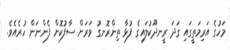
މަހުގެ އަރިމަތީގައި ގަދަ ރީނދޫކުލައިގެ ފުޅާ ތިންރޮނގު ވަރަށް ސާފުކޮށް ފެންނަން ހުރެއެވެ.